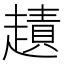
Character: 䟄